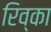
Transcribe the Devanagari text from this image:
रिव्का